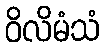
ဝိလိမံသံ